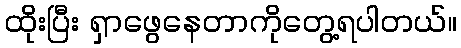
ထိုးပြီး ရှာဖွေနေတာကိုတွေ့ရပါတယ်။